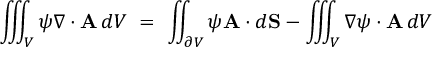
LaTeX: \iiint _ { V } \psi \nabla \cdot \mathbf { A } \, d V \ = \ \iint _ { \partial V } \psi \mathbf { A } \cdot d \mathbf { S } - \iiint _ { V } \nabla \psi \cdot \mathbf { A } \, d V